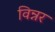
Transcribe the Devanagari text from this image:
विन्नर